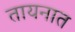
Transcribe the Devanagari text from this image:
तायनात